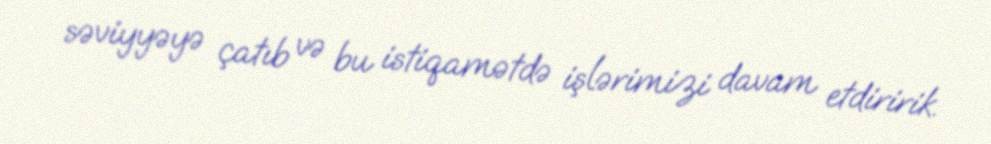
səviyyəyə çatıb və bu istiqamətdə işlərimizi davam etdiririk.